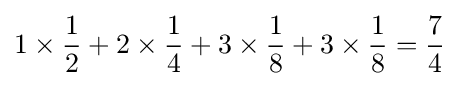
1\times {\frac {1}{2}}+2\times {\frac {1}{4}}+3\times {\frac {1}{8}}+3\times {\frac {1}{8}}={\frac {7}{4}}